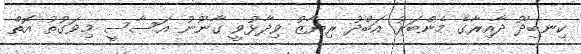
ކިނބިދޫ ދާއިރާގެ މެންބަރު އަބްދު ރިޔާޒު ވިދާޅުވީ ގާނޫނު އަސާސީ މިވަގުތު އޮތް